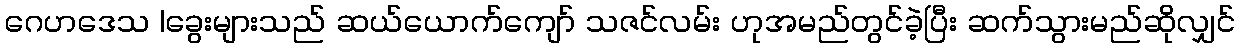
ဂေဟဒေသ |ခွေးများသည် ဆယ်ယောက်ကျော် သဇင်လမ်း ဟုအမည်တွင်ခဲ့ပြီး ဆက်သွားမည်ဆိုလျှင်